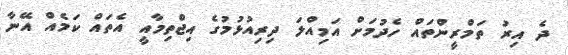
ދެ އިރު ތަމްރީންތައް ހެދުމަށް އަމިއްލަ ދިރިއުޅުމުގެ އިޖްތިމާއީ އެތައް ކަމެއް އޭނާ